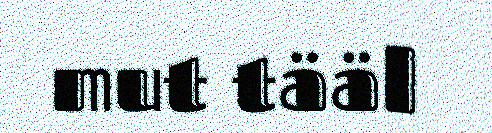
mut tääl